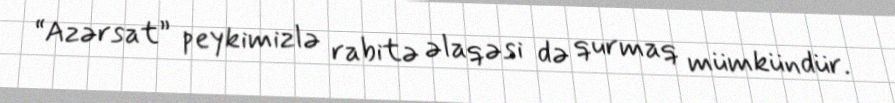
“Azərsat” peykimizlə rabitə əlaqəsi də qurmaq mümkündür.